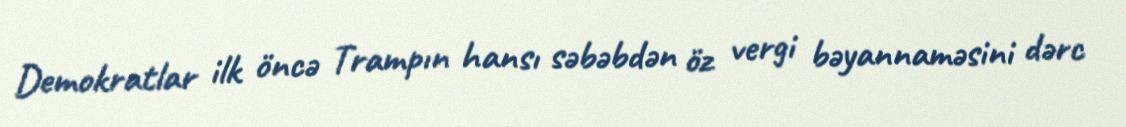
Demokratlar ilk öncə Trampın hansı səbəbdən öz vergi bəyannaməsini dərc